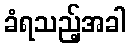
ခံရသည့်အခါ